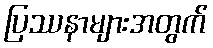
ပြဿနာများအတွက်